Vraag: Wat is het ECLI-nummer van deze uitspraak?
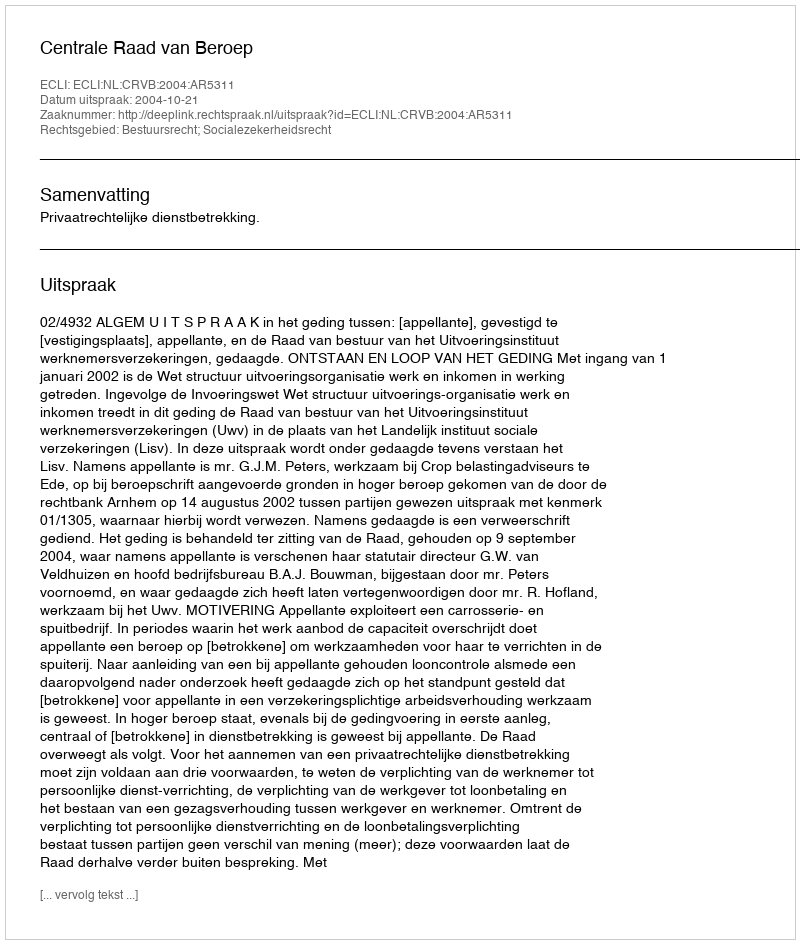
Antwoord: ECLI:NL:CRVB:2004:AR5311